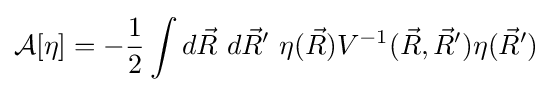
{\mathcal {A}}[\eta ]=-{\frac {1}{2}}\int d{\vec {R}}~d{\vec {R}}'~\eta ({\vec {R}})V^{-1}({\vec {R}},{\vec {R}}')\eta ({\vec {R}}')